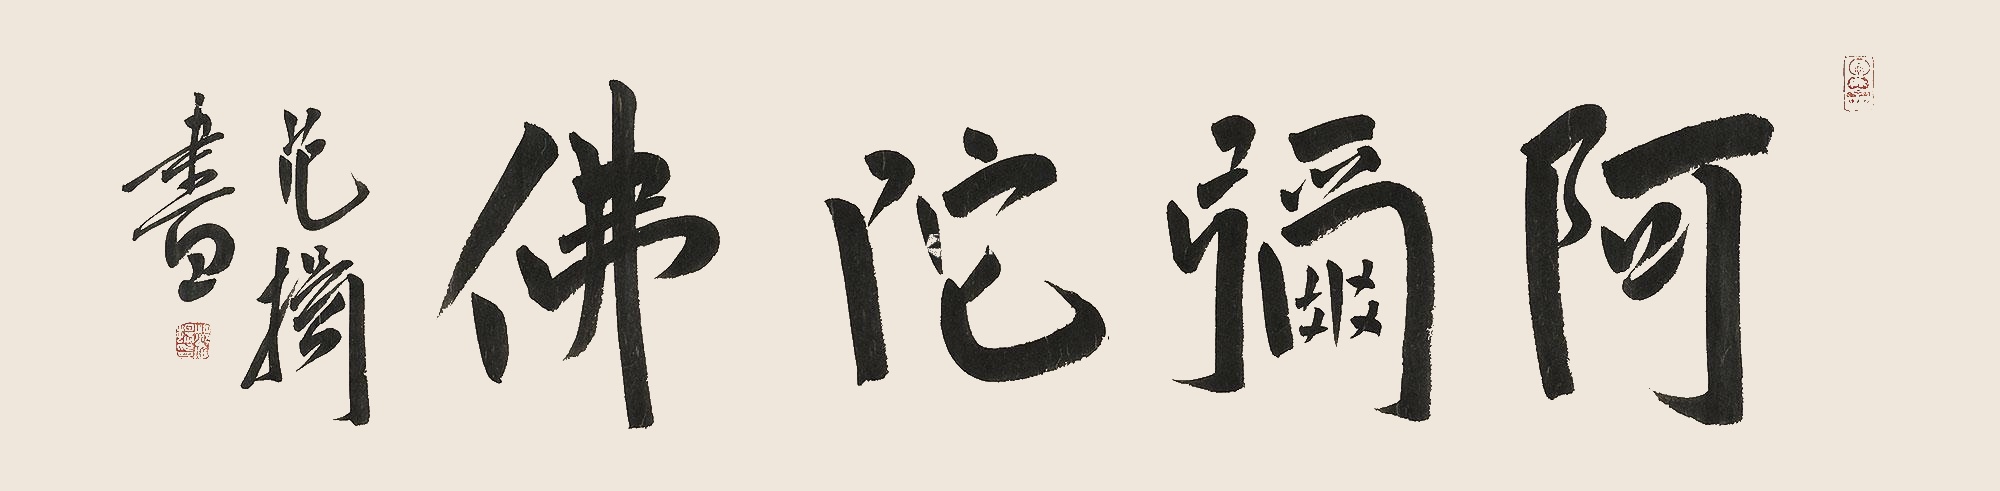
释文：阿弥陀佛范扬书。